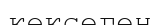
көксеген